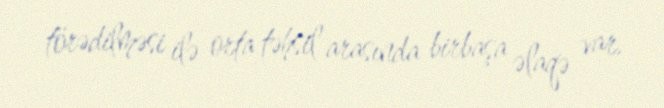
törədilməsi ilə orta təhsil arasında birbaşa əlaqə var.